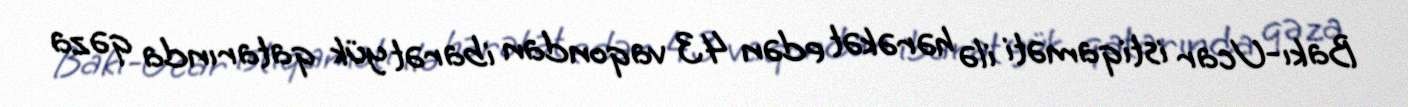
Bakı-Ucar istiqaməti ilə hərəkət edən 43 vaqondan ibarət yük qatarında qəza